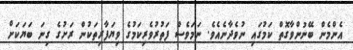
އެންމެން ބޭނުންވާގޮތް ކަމުގައި ނުވެދާނެއެވެ. ނަމަވެސް ފަތުރުވެރިކަމުގެ ވިޔަފާރިތަކުން ރަށުގެ ގިނަ ބަޔަކަށް